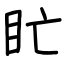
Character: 盳